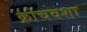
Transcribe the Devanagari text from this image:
क्रोचवशा